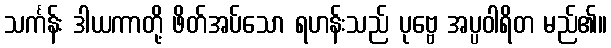
သင်္ကန်း ဒါယကာတို့ ဖိတ်အပ်သော ရဟန်းသည် ပုဗ္ဗေ အပ္ပဝါရိတ မည်၏။